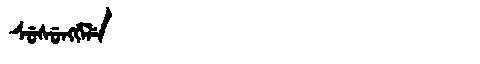
Manchu: ᠰᡠᠰᡠᠩᡤᡝᠯᡝ
Romanization: SUSUNGGELE